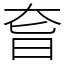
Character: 㚛